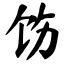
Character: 饬